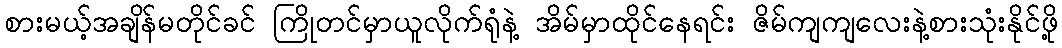
စားမယ့်အချိန်မတိုင်ခင် ကြိုတင်မှာယူလိုက်ရုံနဲ့ အိမ်မှာထိုင်နေရင်း ဇိမ်ကျကျလေးနဲ့စားသုံးနိုင်ဖို့